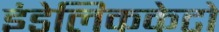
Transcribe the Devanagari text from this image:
इंडेलिककेटो